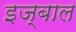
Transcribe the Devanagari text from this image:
इज्बाल